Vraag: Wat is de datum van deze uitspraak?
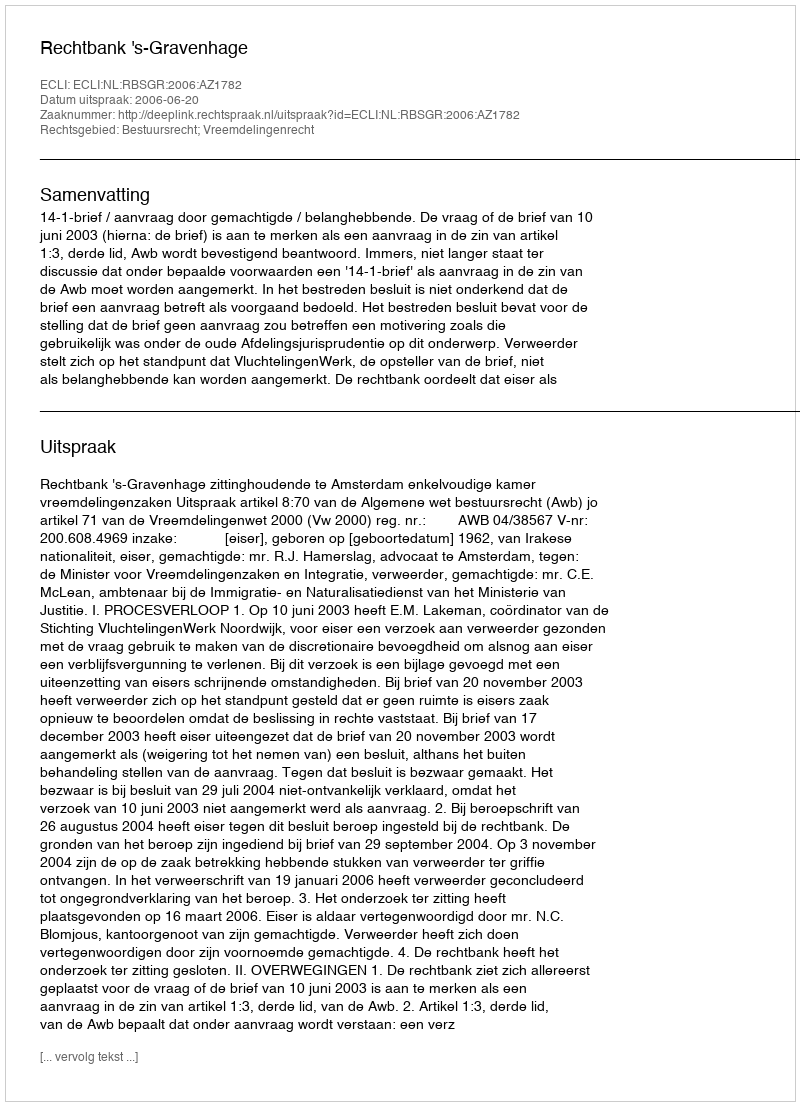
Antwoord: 2006-06-20